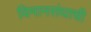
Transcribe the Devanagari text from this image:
विमानसंघाची